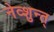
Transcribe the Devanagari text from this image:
नेव्शुन्त्